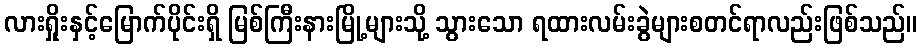
လားရှိုးနှင့်မြောက်ပိုင်းရှိ မြစ်ကြီးနားမြို့များသို့ သွားသော ရထားလမ်းခွဲများစတင်ရာလည်းဖြစ်သည်။